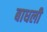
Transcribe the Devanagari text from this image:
बाधली